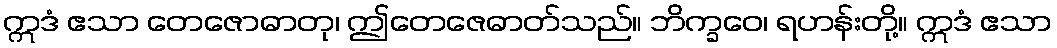
ဣဒံ ဧသာ တေဇောဓာတု၊ ဤတေဇေဓာတ်သည်။ ဘိက္ခဝေ၊ ရဟန်းတို့။ ဣဒံ ဧသာ